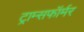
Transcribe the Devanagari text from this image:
ट्राम्सफॉर्मर